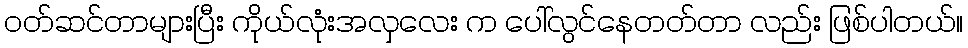
ဝတ်ဆင်တာများပြီး ကိုယ်လုံးအလှလေး က ပေါ်လွင်နေတတ်တာ လည်း ဖြစ်ပါတယ်။